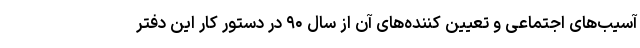
آسیب‌های اجتماعی و تعیین کننده‌های آن از سال ۹۰ در دستور کار این دفتر